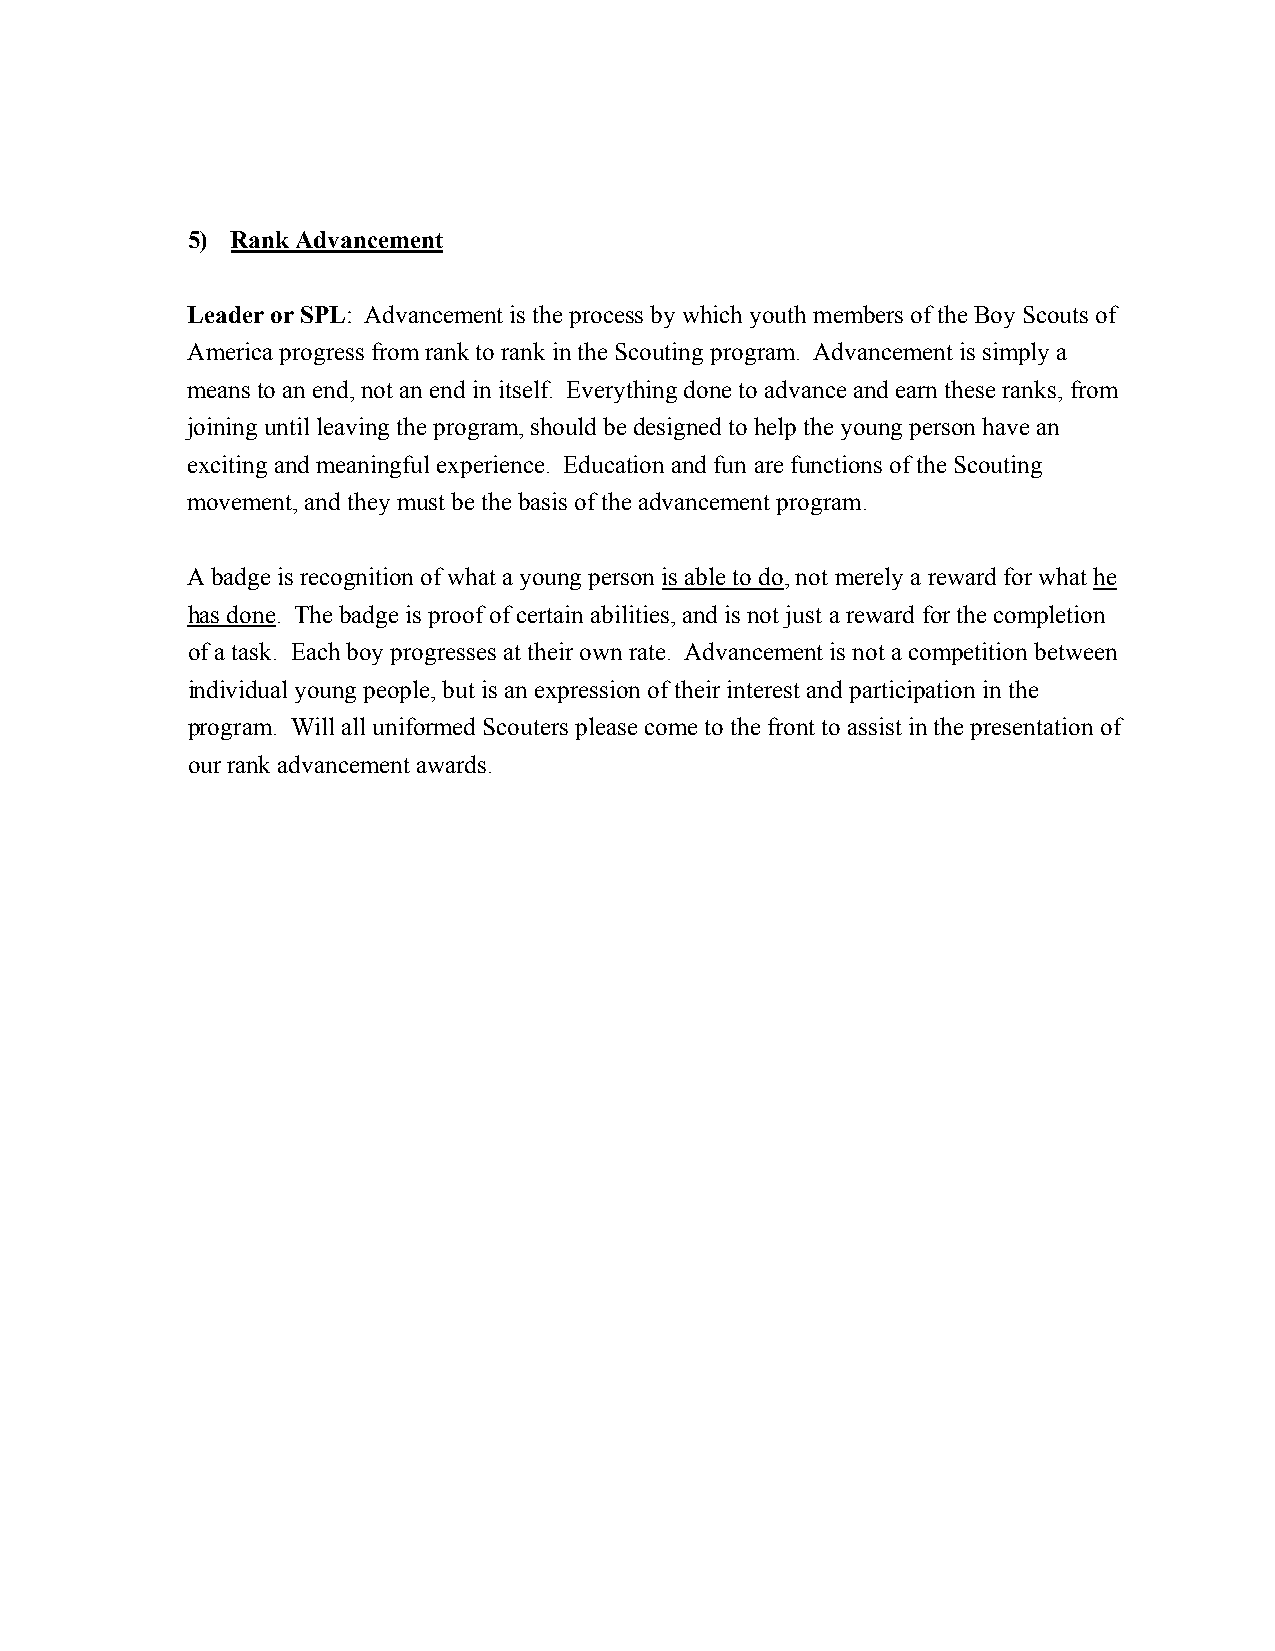
5) Rank Advancement
 Leader or SPL: Advancement is the process by which youth members of the Boy Scouts of
 America progress from rank to rank in the Scouting program. Advancement is simply a
 means to an end, not an end in itself. Everything done to advance and earn these ranks, from
 joining until leaving the program, should be designed to help the young person have an
 exciting and meaningful experience. Education and fun are functions of the Scouting
 movement, and they must be the basis of the advancement program.
 A badge is recognition of what a young person is able to do, not merely a reward for what he
 has done. The badge is proof of certain abilities, and is not just a reward for the completion
 of a task. Each boy progresses at their own rate. Advancement is not a competition between
 individual young people, but is an expression of their interest and participation in the
 program. Will all uniformed Scouters please come to the front to assist in the presentation of
 our rank advancement awards.